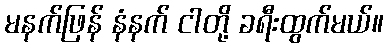
မနက်ဖြန် နံနက် ငါတို့ ခရီးထွက်မယ်။